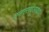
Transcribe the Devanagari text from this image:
एनएसयूआयचा